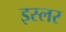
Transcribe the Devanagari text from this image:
इस्लर